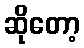
ဆိုတော့